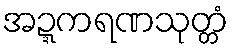
အဍ္ဍကရဏသုတ္တံ